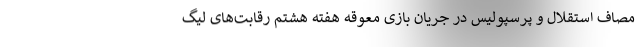
مصاف استقلال و پرسپولیس در جریان بازی معوقه هفته هشتم رقابت‌های لیگ